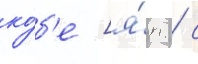
ко́б'е [я́п. / с